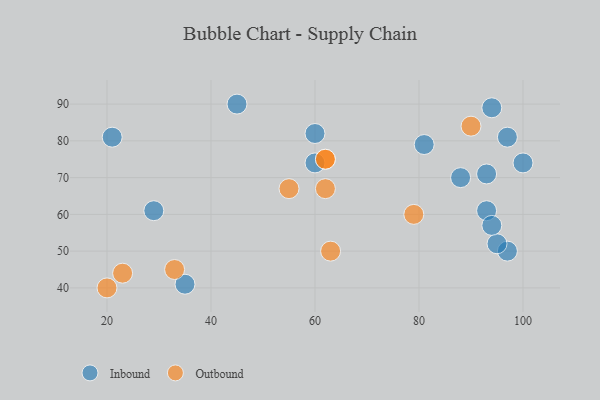
{"axis": {"x": "GDP", "y": "Life Expectancy"}, "legend": ["Inbound", "Outbound"], "data": [{"x": "94", "y": 89, "type": "Inbound"}, {"x": "93", "y": 71, "type": "Inbound"}, {"x": "29", "y": 61, "type": "Inbound"}, {"x": "60", "y": 74, "type": "Inbound"}, {"x": "97", "y": 50, "type": "Inbound"}, {"x": "93", "y": 61, "type": "Inbound"}, {"x": "35", "y": 41, "type": "Inbound"}, {"x": "21", "y": 81, "type": "Inbound"}, {"x": "81", "y": 79, "type": "Inbound"}, {"x": "88", "y": 70, "type": "Inbound"}, {"x": "97", "y": 81, "type": "Inbound"}, {"x": "100", "y": 74, "type": "Inbound"}, {"x": "45", "y": 90, "type": "Inbound"}, {"x": "95", "y": 52, "type": "Inbound"}, {"x": "60", "y": 82, "type": "Inbound"}, {"x": "94", "y": 57, "type": "Inbound"}, {"x": "20", "y": 40, "type": "Outbound"}, {"x": "63", "y": 50, "type": "Outbound"}, {"x": "62", "y": 67, "type": "Outbound"}, {"x": "23", "y": 44, "type": "Outbound"}, {"x": "62", "y": 75, "type": "Outbound"}, {"x": "79", "y": 60, "type": "Outbound"}, {"x": "55", "y": 67, "type": "Outbound"}, {"x": "62", "y": 75, "type": "Outbound"}, {"x": "33", "y": 45, "type": "Outbound"}, {"x": "90", "y": 84, "type": "Outbound"}]}